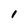
Character: I